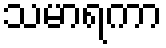
သမာရကာ